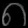
Digit: ၈